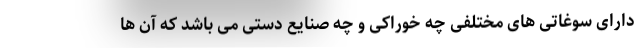
دارای سوغاتی های مختلفی چه خوراکی و چه صنایع دستی می باشد که آن ها